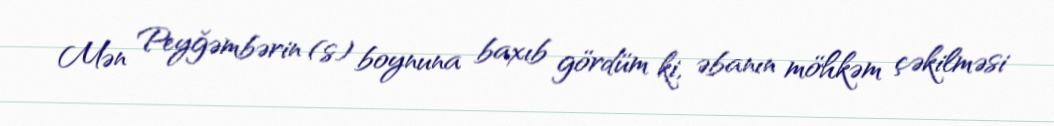
Mən Peyğəmbərin (s) boynuna baxıb gördüm ki, əbanın möhkəm çəkilməsi